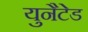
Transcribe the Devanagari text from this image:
युनैटेड